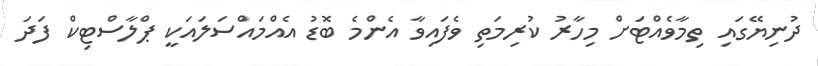
ދުނިޔޭގައި ތިމާވެއްޓަށް މިހާރު ކުރިމަތި ވެފައިވާ އެންމެ ބޮޑު އެއްމައްސަލައަކީ ޕްލާސްޓިކް ފަދަ